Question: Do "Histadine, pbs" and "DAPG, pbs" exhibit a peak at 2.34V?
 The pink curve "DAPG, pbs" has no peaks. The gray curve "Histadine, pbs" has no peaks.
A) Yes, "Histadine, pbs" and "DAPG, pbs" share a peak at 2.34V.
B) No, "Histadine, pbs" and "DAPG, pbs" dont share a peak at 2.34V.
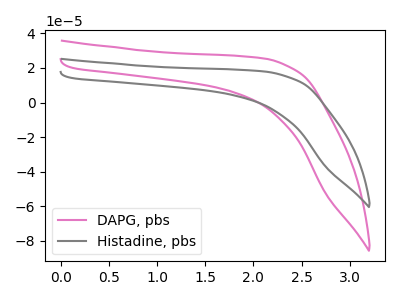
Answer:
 <answer>B) No, "Histadine, pbs" and "DAPG, pbs" dont share a peak at 2.34V.</answer>
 <eval>B</eval>